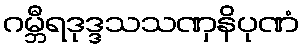
ဂမ္ဘီရဒုဒ္ဒသသဏှနိပုဏံ